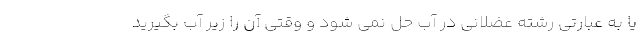
یا به عبارتی رشته عضلانی در آب حل نمی شود و وقتی آن را زیر آب بگیرید